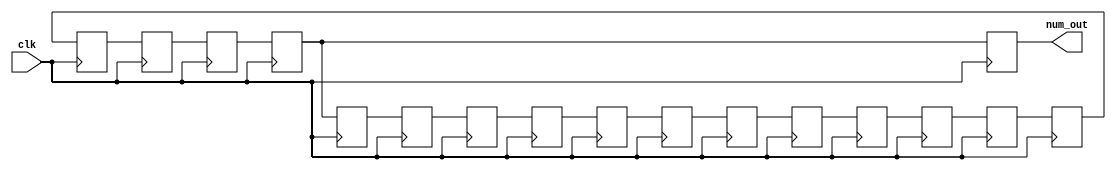
module enemy_missile_targeting_reg_3(
input clk,
output reg [2:0]num_out
);

//initial values for the registers
reg [2:0]num1 = 1;
reg [2:0]num2 = 1;
reg [2:0]num3 = 2;
reg [2:0]num4 = 2;
reg [2:0]num5 = 0;
reg [2:0]num6 = 0;
reg [2:0]num7 = 0;
reg [2:0]num8 = 0;
reg [2:0]num9 = 2;
reg [2:0]num10 = 1;
reg [2:0]num11 = 1;
reg [2:0]num12 = 2;
reg [2:0]num13 = 1;
reg [2:0]num14 = 2;
reg [2:0]num15 = 2;
reg [2:0]num16 = 2;


//registers shift valuse

always @(posedge clk)
begin



num1 <= num2;
num2 <= num3;
num3 <= num4;
num4 <= num5;
num5 <= num6;
num6 <= num7;
num7 <= num8;
num8 <= num9;
num9 <= num10;
num10 <= num11;
num11 <= num12;
num12 <= num13;
num13 <= num14;
num14 <= num15;
num15 <= num16;
num16 <= num1;

num_out <= num3;//registers that the module outputs

end

endmodule